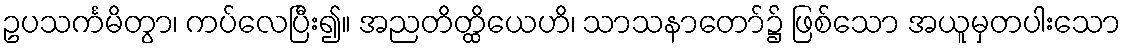
ဥပသင်္ကမိတွာ၊ ကပ်လေပြီး၍။ အညတိတ္ထိယေဟိ၊ သာသနာတော်၌ ဖြစ်သော အယူမှတပါးသော